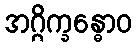
အဂ္ဂိက္ခန္ဓောဝ